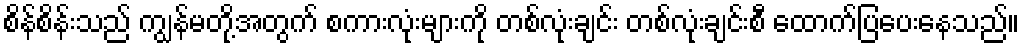
စိန်စိန်းသည် ကျွန်မတို့အတွက် စကားလုံးများကို တစ်လုံးချင်း တစ်လုံးချင်းစီ ထောက်ပြပေးနေသည်။